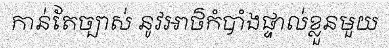
កាន់តែច្បាស់ នូវអាថ៌កំបាំងផ្ទាល់ខ្លួនមួយ